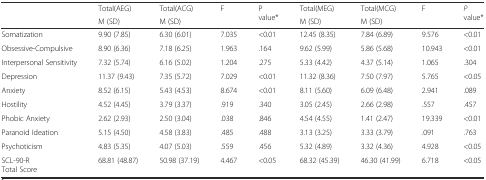
<table><thead><tr><td rowspan="2"></td><td><b>Total(AEG)</b></td><td><b>Total(ACG)</b></td><td rowspan="2"><b>F</b></td><td rowspan="2"><b>P value*</b></td><td><b>Total(MEG)</b></td><td><b>Total(MCG)</b></td><td rowspan="2"><b>F</b></td><td rowspan="2"><b><i>P</i> value*</b></td></tr><tr><td><b>M (SD)</b></td><td><b>M (SD)</b></td><td><b>M (SD)</b></td><td><b>M (SD)</b></td></tr></thead><tbody><tr><td>Somatization</td><td>9.90 (7.85)</td><td>6.30 (6.01)</td><td>7.035</td><td>&lt;0.01</td><td>12.45 (8.35)</td><td>7.84 (6.89)</td><td>9.576</td><td>&lt;0.01</td></tr><tr><td>Obsessive-Compulsive</td><td>8.90 (6.36)</td><td>7.18 (6.25)</td><td>1.963</td><td>.164</td><td>9.62 (5.99)</td><td>5.86 (5.68)</td><td>10.943</td><td>&lt;0.01</td></tr><tr><td>Interpersonal Sensitivity</td><td>7.32 (5.74)</td><td>6.16 (5.02)</td><td>1.204</td><td>.275</td><td>5.33 (4.42)</td><td>4.37 (5.14)</td><td>1.065</td><td>.304</td></tr><tr><td>Depression</td><td>11.37 (9.43)</td><td>7.35 (5.72)</td><td>7.029</td><td>&lt;0.01</td><td>11.32 (8.36)</td><td>7.50 (7.97)</td><td>5.765</td><td>&lt;0.05</td></tr><tr><td>Anxiety</td><td>8.52 (6.15)</td><td>5.43 (4.53)</td><td>8.674</td><td>&lt;0.01</td><td>8.11 (5.60)</td><td>6.09 (6.48)</td><td>2.941</td><td>.089</td></tr><tr><td>Hostility</td><td>4.52 (4.45)</td><td>3.79 (3.37)</td><td>.919</td><td>.340</td><td>3.05 (2.45)</td><td>2.66 (2.98)</td><td>.557</td><td>.457</td></tr><tr><td>Phobic Anxiety</td><td>2.62 (2.93)</td><td>2.50 (3.04)</td><td>.038</td><td>.846</td><td>4.54 (4.55)</td><td>1.41 (2.47)</td><td>19.339</td><td>&lt;0.01</td></tr><tr><td>Paranoid Ideation</td><td>5.15 (4.50)</td><td>4.58 (3.83)</td><td>.485</td><td>.488</td><td>3.13 (3.25)</td><td>3.33 (3.79)</td><td>.091</td><td>.763</td></tr><tr><td>Psychoticism</td><td>4.83 (5.35)</td><td>4.07 (5.03)</td><td>.559</td><td>.456</td><td>5.32 (4.89)</td><td>3.32 (4.36)</td><td>4.928</td><td>&lt;0.05</td></tr><tr><td>SCL-90-RTotal Score</td><td>68.81 (48.87)</td><td>50.98 (37.19)</td><td>4.467</td><td>&lt;0.05</td><td>68.32 (45.39)</td><td>46.30 (41.99)</td><td>6.718</td><td>&lt;0.05</td></tr></tbody></table>